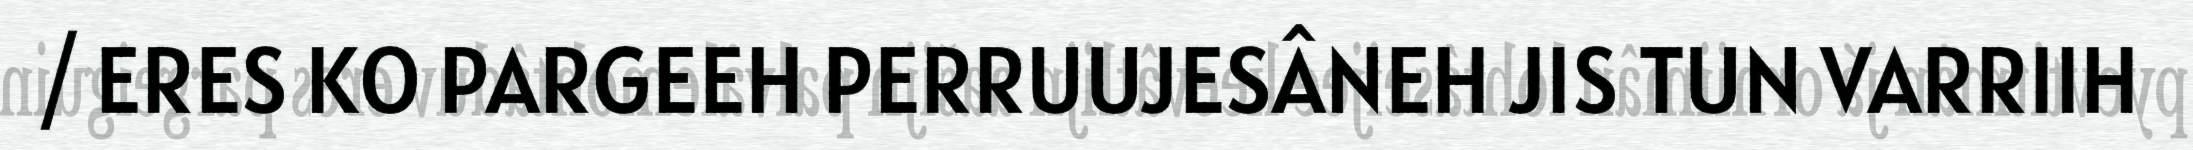
/ ERES KO PARGEEH PERRUUJESÂNEH JIS TUN VARRIIH